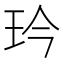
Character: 玪